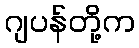
ဂျပန်တို့က